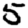
Digit: 5